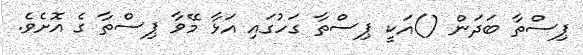
ޕިސްތާ ބަދަން ()އަކީ ޕިސްތާ ގަހުގައި އަޅާ މޭވާ ޕިސްތާ ގެ އޮށެވެ.